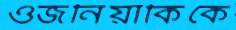
ওজনিয়াকিকে